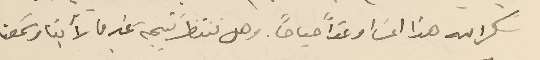
شكرالله هذا المسَا وغداً صباحاً. وهل ننتظر نتيجه غير ما رأينا وسَمعنا